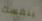
بنفسك